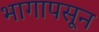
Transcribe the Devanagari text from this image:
भागापसून